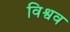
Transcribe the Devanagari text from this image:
विश्वव